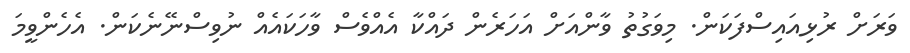
ވަރަށް ރުޅިއައިސްފަކަން. މިވަގުތު ވާންއަށް އަހަރެން ދައްކާ އެއްވެސް ވާހަކައެއް ނުވިސްނޭނެކަން. އެހެންވީމަ